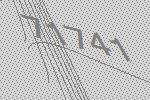
71741